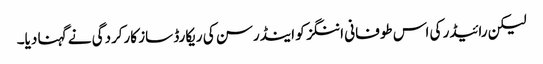
لیکن رائیڈر کی اس طوفانی اننگز کو اینڈرسن کی ریکارڈ ساز کارکردگی نے گہنا دیا۔